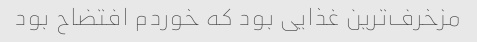
مزخرف‌ترین غذایی بود که خوردم افتضاح بود